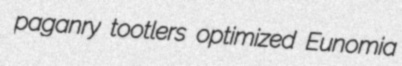
paganry tootlers optimized Eunomia